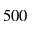
5 0 0